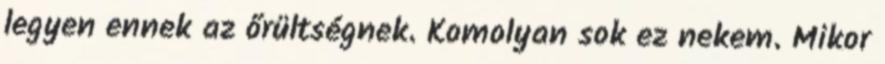
legyen ennek az őrültségnek. Komolyan sok ez nekem. Mikor